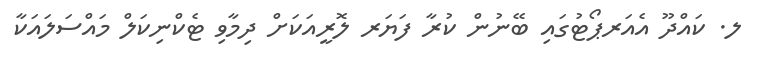
ލ. ކައްދޫ އެއަރޕޯޓުގައި ބޭނުން ކުރާ ފަޔަރ ލޮރީއަކަށް ދިމާވި ޓެކްނިކަލް މައްސަލައަކާ